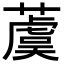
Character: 𦾚